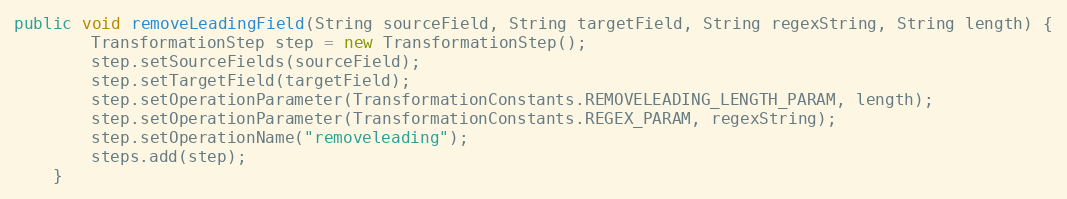
Language: Java
public void removeLeadingField(String sourceField, String targetField, String regexString, String length) {
        TransformationStep step = new TransformationStep();
        step.setSourceFields(sourceField);
        step.setTargetField(targetField);
        step.setOperationParameter(TransformationConstants.REMOVELEADING_LENGTH_PARAM, length);
        step.setOperationParameter(TransformationConstants.REGEX_PARAM, regexString);
        step.setOperationName("removeleading");
        steps.add(step);
    }